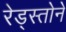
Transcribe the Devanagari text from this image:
रेड्स्तोने